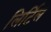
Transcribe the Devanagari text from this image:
लिर्टिल